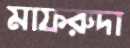
মাফরুদা